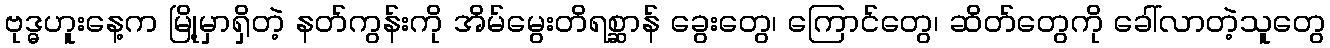
ဗုဒ္ဓဟူးနေ့က မြို့မှာရှိတဲ့ နတ်ကွန်းကို အိမ်မွေးတိရစ္ဆာန် ခွေးတွေ၊ ကြောင်တွေ၊ ဆိတ်တွေကို ခေါ်လာတဲ့သူတွေ